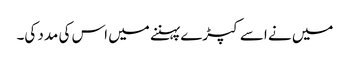
میں نے اسے کپڑے پہننے میں اس کی مدد کی۔